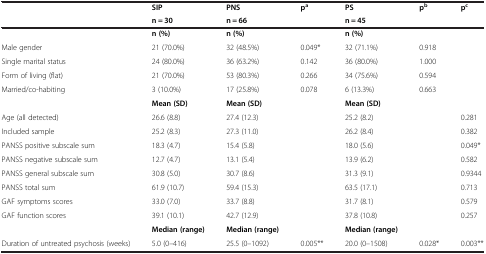
| <ROWSPAN=2>  | SIP | PNS | <ROWSPAN=2> pa | PS | <ROWSPAN=2> pb | <ROWSPAN=2> pc |
 | n = 30 | n = 66 | n = 45 |
 | --- | --- | --- | --- | --- | --- | --- |
 |  | n (%) | n (%) |  | n (%) |  |  |
 | Male gender | 21 (70.0%) | 32 (48.5%) | 0.049* | 32 (71.1%) | 0.918 |  |
 | Single marital status | 24 (80.0%) | 36 (63.2%) | 0.142 | 36 (80.0%) | 1.000 |  |
 | Form of living (flat) | 21 (70.0%) | 53 (80.3%) | 0.266 | 34 (75.6%) | 0.594 |  |
 | Married/co-habiting | 3 (10.0%) | 17 (25.8%) | 0.078 | 6 (13.3%) | 0.663 |  |
 |  | Mean (SD) | Mean (SD) |  | Mean (SD) |  |  |
 | Age (all detected) | 26.6 (8.8) | 27.4 (12.3) |  | 25.2 (8.2) |  | 0.281 |
 | Included sample | 25.2 (8.3) | 27.3 (11.0) |  | 26.2 (8.4) |  | 0.382 |
 | PANSS positive subscale sum | 18.3 (4.7) | 15.4 (5.8) |  | 18.0 (5.6) |  | 0.049* |
 | PANSS negative subscale sum | 12.7 (4.7) | 13.1 (5.4) |  | 13.9 (6.2) |  | 0.582 |
 | PANSS general subscale sum | 30.8 (5.0) | 30.7 (8.6) |  | 31.3 (9.1) |  | 0.9344 |
 | PANSS total sum | 61.9 (10.7) | 59.4 (15.3) |  | 63.5 (17.1) |  | 0.713 |
 | GAF symptoms scores | 33.0 (7.0) | 33.7 (8.8) |  | 31.7 (8.1) |  | 0.579 |
 | GAF function scores | 39.1 (10.1) | 42.7 (12.9) |  | 37.8 (10.8) |  | 0.257 |
 |  | Median (range) | Median (range) |  | Median (range) |  |  |
 | Duration of untreated psychosis (weeks) | 5.0 (0–416) | 25.5 (0–1092) | 0.005** | 20.0 (0–1508) | 0.028* | 0.003** |